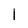
Character: 1